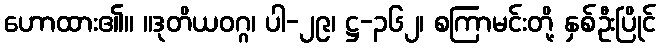
ဟောထား၏။ ။ဒုတိယဝဂ္ဂ၊ ပါ-၂၉၊ ဋ္ဌ-၃၆၂၊ စကြာမင်းတို့ နှစ်ဦးပြိုင်